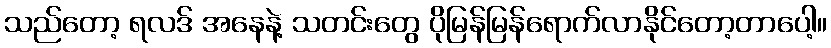
သည်တော့ ရလဒ် အနေနဲ့ သတင်းတွေ ပိုမြန်မြန်ရောက်လာနိုင်တော့တာပေါ့။